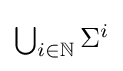
{\textstyle \bigcup _{i\in \mathbb {N} }\Sigma ^{i}}